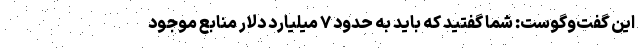
این گفت‌وگوست: شما گفتید که باید به حدود ۷ میلیارد دلار منابع موجود